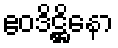
ဧဝဒိဋ္ဌိနော